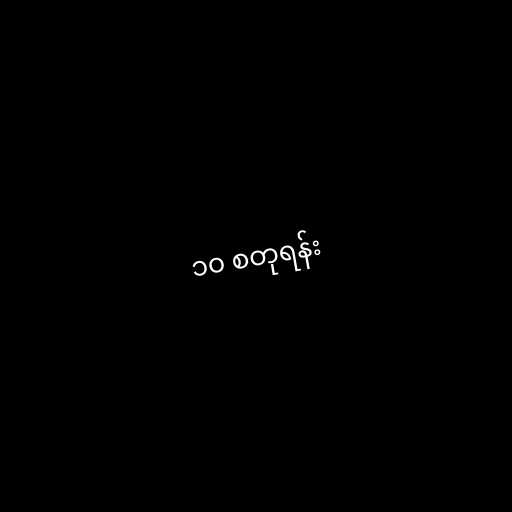
၁၀ စတုရန်း